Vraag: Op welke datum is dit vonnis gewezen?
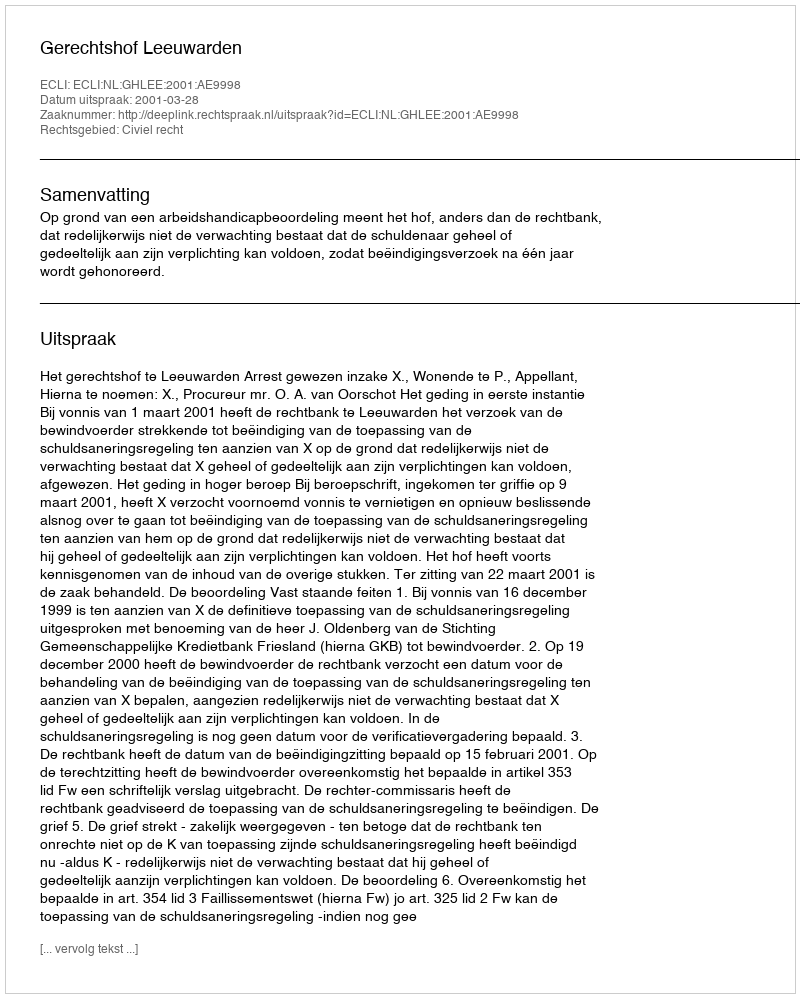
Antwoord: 2001-03-28